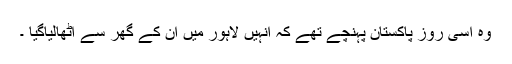
وہ اسی روز پاکستان پہنچے تھے کہ انہیں لاہور میں ان کے گھر سے اٹھالیاگیا ۔